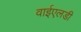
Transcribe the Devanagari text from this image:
वाईएलडी